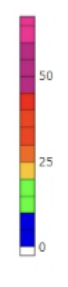
Blue: 0 to 10
Green: 10 to 20
Yellow: 20 to 25
Orange: 25 to 30
Dark Orange: 30 to 35
Red: 35 to 45
Magenta: 45 to 60
Pink: 60 to 68